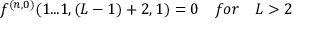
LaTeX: f ^ { ( n , 0 ) } ( 1 . . . 1 , ( L - 1 ) + 2 , 1 ) = 0 \quad f o r \quad L > 2